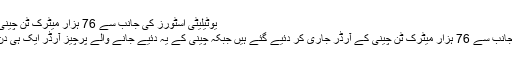
یوٹیلیٹی اسٹورز کی جانب سے 76 ہزار میٹرک ٹن چینی کا آرڈر - اردو خبر
یوٹیلیٹی اسٹورز کی جانب سے 76 ہزار میٹرک ٹن چینی کے آرڈر جاری کر دئیے گئے ہیں جبکہ چینی کے یہ دئیے جانے والے پرچیز آرڈر ایک ہی دن میں کئے گئے ہیں۔